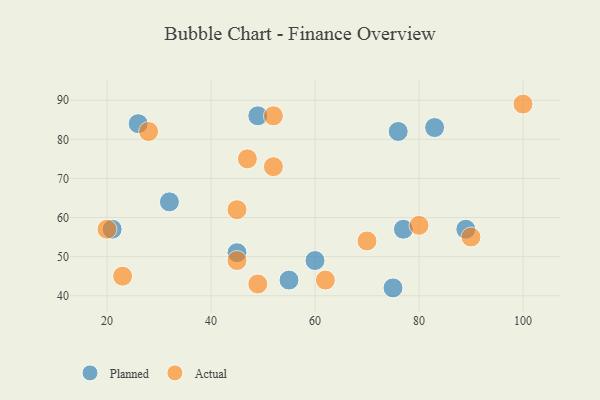
{"axis": {"x": "GDP", "y": "Life Expectancy"}, "legend": ["Actual", "Planned"], "data": [{"x": "32", "y": 64, "type": "Planned"}, {"x": "21", "y": 57, "type": "Planned"}, {"x": "26", "y": 84, "type": "Planned"}, {"x": "83", "y": 83, "type": "Planned"}, {"x": "76", "y": 82, "type": "Planned"}, {"x": "60", "y": 49, "type": "Planned"}, {"x": "77", "y": 57, "type": "Planned"}, {"x": "89", "y": 57, "type": "Planned"}, {"x": "49", "y": 86, "type": "Planned"}, {"x": "75", "y": 42, "type": "Planned"}, {"x": "45", "y": 51, "type": "Planned"}, {"x": "55", "y": 44, "type": "Planned"}, {"x": "52", "y": 86, "type": "Actual"}, {"x": "45", "y": 49, "type": "Actual"}, {"x": "49", "y": 43, "type": "Actual"}, {"x": "80", "y": 58, "type": "Actual"}, {"x": "52", "y": 73, "type": "Actual"}, {"x": "20", "y": 57, "type": "Actual"}, {"x": "90", "y": 55, "type": "Actual"}, {"x": "23", "y": 45, "type": "Actual"}, {"x": "100", "y": 89, "type": "Actual"}, {"x": "47", "y": 75, "type": "Actual"}, {"x": "45", "y": 62, "type": "Actual"}, {"x": "62", "y": 44, "type": "Actual"}, {"x": "28", "y": 82, "type": "Actual"}, {"x": "70", "y": 54, "type": "Actual"}]}